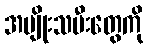
အမျိုးသမီးတွေကို